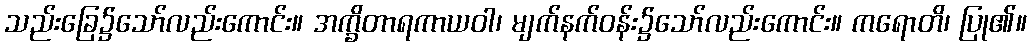
သည်းခြေ၌သော်လည်းကောင်း။ အက္ခိတာရကာယဝါ၊ မျက်နက်ဝန်း၌သော်လည်းကောင်း။ ကရောတိ၊ ပြု၏။